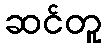
ဆင်တူ